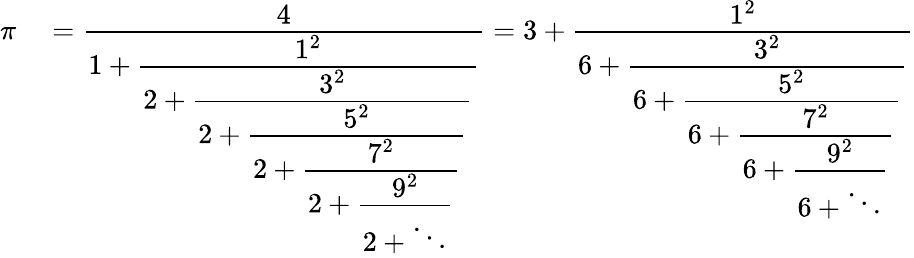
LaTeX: \begin{array}{rl}{\pi}&{{}=\textstyle{\cfrac{4}{1+\textstyle{\cfrac{1^{2}}{2+\textstyle{\cfrac{3^{2}}{2+\textstyle{\cfrac{5^{2}}{2+\textstyle{\cfrac{7^{2}}{2+\textstyle{\cfrac{9^{2}}{2+\ddots}}}}}}}}}}}}=3+\textstyle{\cfrac{1^{2}}{6+\textstyle{\cfrac{3^{2}}{6+\textstyle{\cfrac{5^{2}}{6+\textstyle{\cfrac{7^{2}}{6+\textstyle{\cfrac{9^{2}}{6+\ddots}}}}}}}}}}}\end{array}